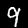
Label: 9